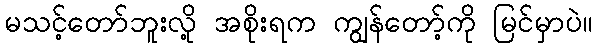
မသင့်တော်ဘူးလို့ အစိုးရက ကျွန်တော့်ကို မြင်မှာပဲ။